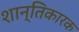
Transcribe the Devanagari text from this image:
शान्तिकारक